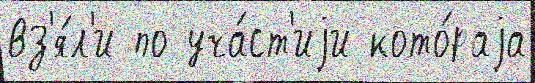
вз'я́л'и по уча́ст'иjи кото́раjа